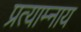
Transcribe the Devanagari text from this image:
प्रत्याम्नाय